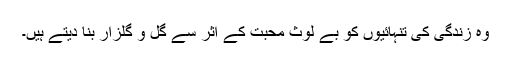
وہ زندگی کی تنہائیوں کو بے لوث محبت کے اثر سے گل و گلزار بنا دیتے ہیں۔